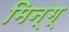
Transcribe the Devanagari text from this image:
मिन्ग्